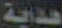
هداية